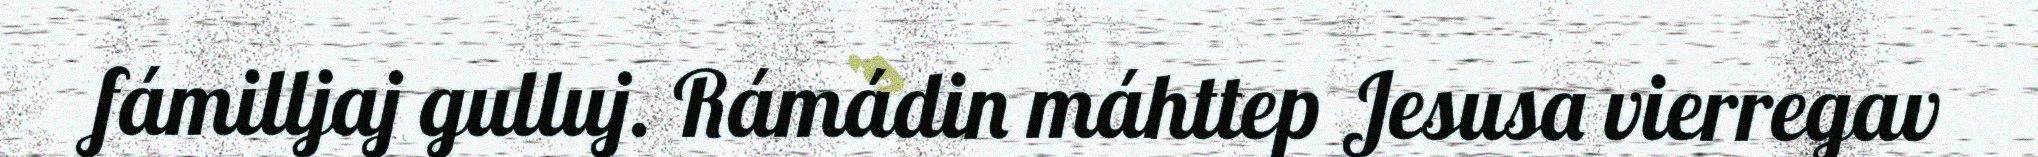
fámilljaj gulluj. Rámádin máhttep Jesusa vierregav